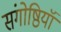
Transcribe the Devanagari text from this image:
संगोष्ठियॉ